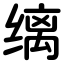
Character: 缡